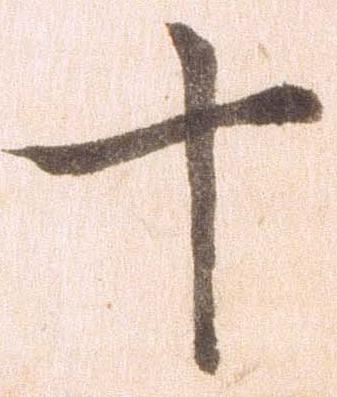
十